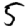
Digit: 5